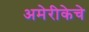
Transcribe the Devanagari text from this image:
अमेरीकेचे